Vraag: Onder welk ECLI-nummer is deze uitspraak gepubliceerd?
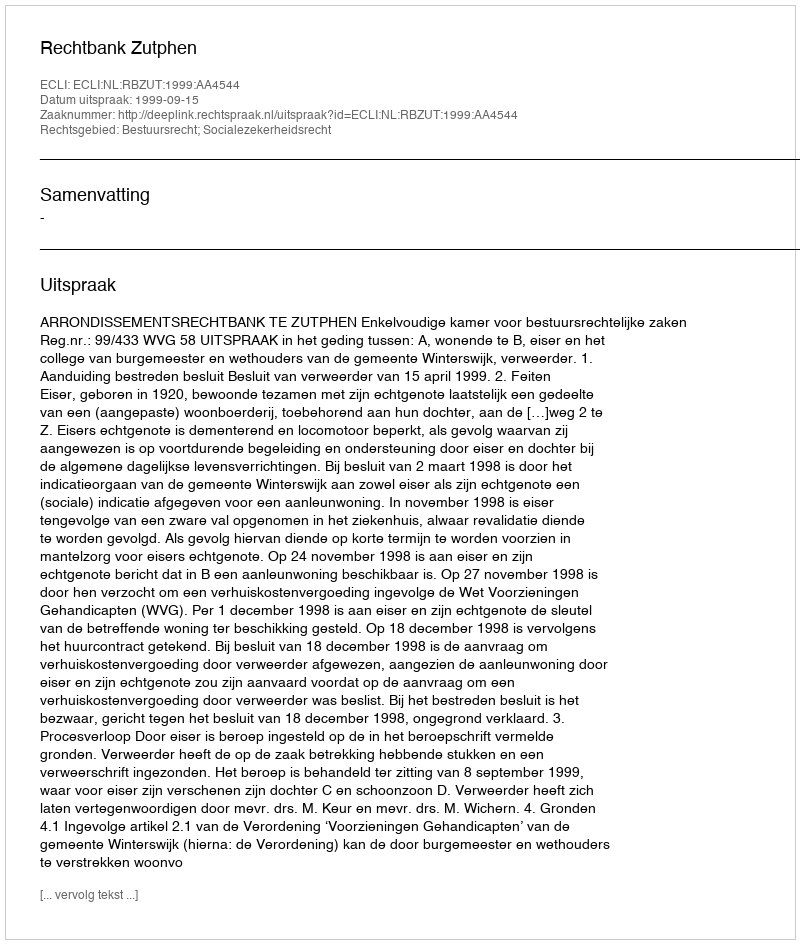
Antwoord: ECLI:NL:RBZUT:1999:AA4544